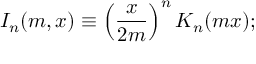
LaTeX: I _ { n } ( m , x ) \equiv \left( \frac { x } { 2 m } \right) ^ { n } K _ { n } ( m x ) ;